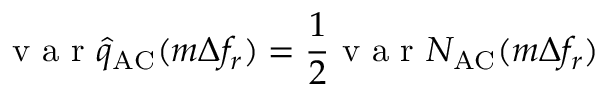
\mathrm { ~ v ~ a ~ r ~ } \hat { q } _ { \mathrm { A C } } ( m \Delta f _ { r } ) = \frac { 1 } { 2 } \mathrm { ~ v ~ a ~ r ~ } N _ { \mathrm { A C } } ( m \Delta f _ { r } )